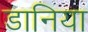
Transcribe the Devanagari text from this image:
डानिया